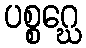
ပစ္စဂ္ဃေ